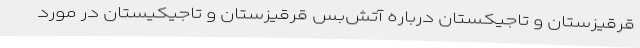
قرقیزستان و تاجیکستان درباره آتش‌بس قرقیزستان و تاجیکیستان در مورد